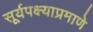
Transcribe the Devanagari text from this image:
सूर्यपक्ष्याप्रमाणे